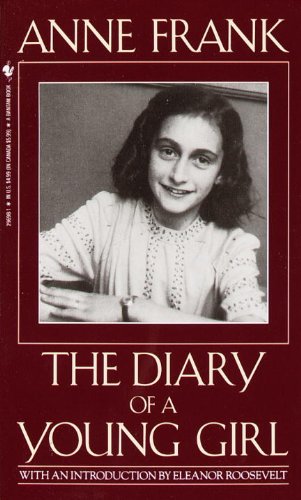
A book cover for Anne Frank: The Diary Of A Young Girl (Turtleback School & Library Binding Edition); Anne Frank; Teen & Young Adult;